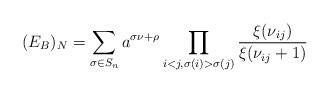
LaTeX: \begin{align*} (E_B)_N = \sum_{\sigma \in S_n} a^{\sigma \nu + \rho} \prod_{i<j, \sigma(i) > \sigma(j)} \frac{\xi(\nu_{ij})}{\xi(\nu_{ij}+1)}\end{align*}